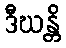
ဒီဃန္တိ